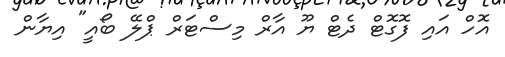
އޮހް އައި ފޮގޮޓް ދެޓް ޔޫ އާރް މިސްޓަރް ޕްލޭ ބޯއީ" އިޔާން